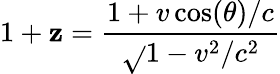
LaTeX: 1+\mathbf{z}={\frac{{1+v\cos(\theta)/c}}{{\sqrt{}{{1-v^{2}/c^{2}}}}}}